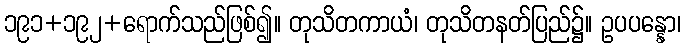
၁၉၁+၁၉၂+ရောက်သည်ဖြစ်၍။ တုသိတကာယံ၊ တုသိတနတ်ပြည်၌။ ဥပပန္နော၊